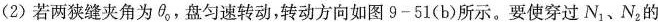
(2)若两狭缝夹角为\theta_{0}，盘匀速转动，转动方向如图9-51(b)所示。要使穿过N_{1}、N_{2}的